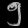
Digit: ၅